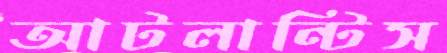
আটলান্টিস